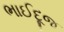
ભાઈદૂજ